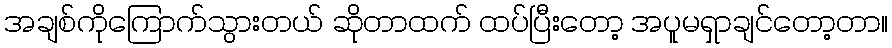
အချစ်ကိုကြောက်သွားတယ် ဆိုတာထက် ထပ်ပြီးတော့ အပူမရှာချင်တော့တာ။